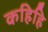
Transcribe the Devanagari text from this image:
कहिहि